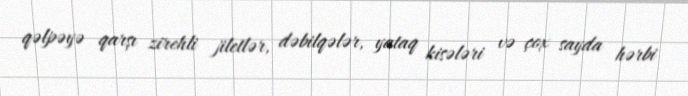
qəlpəyə qarşı zirehli jiletlər, dəbilqələr, yataq kisələri və çox sayda hərbi